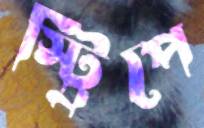
স্ট্রিপে